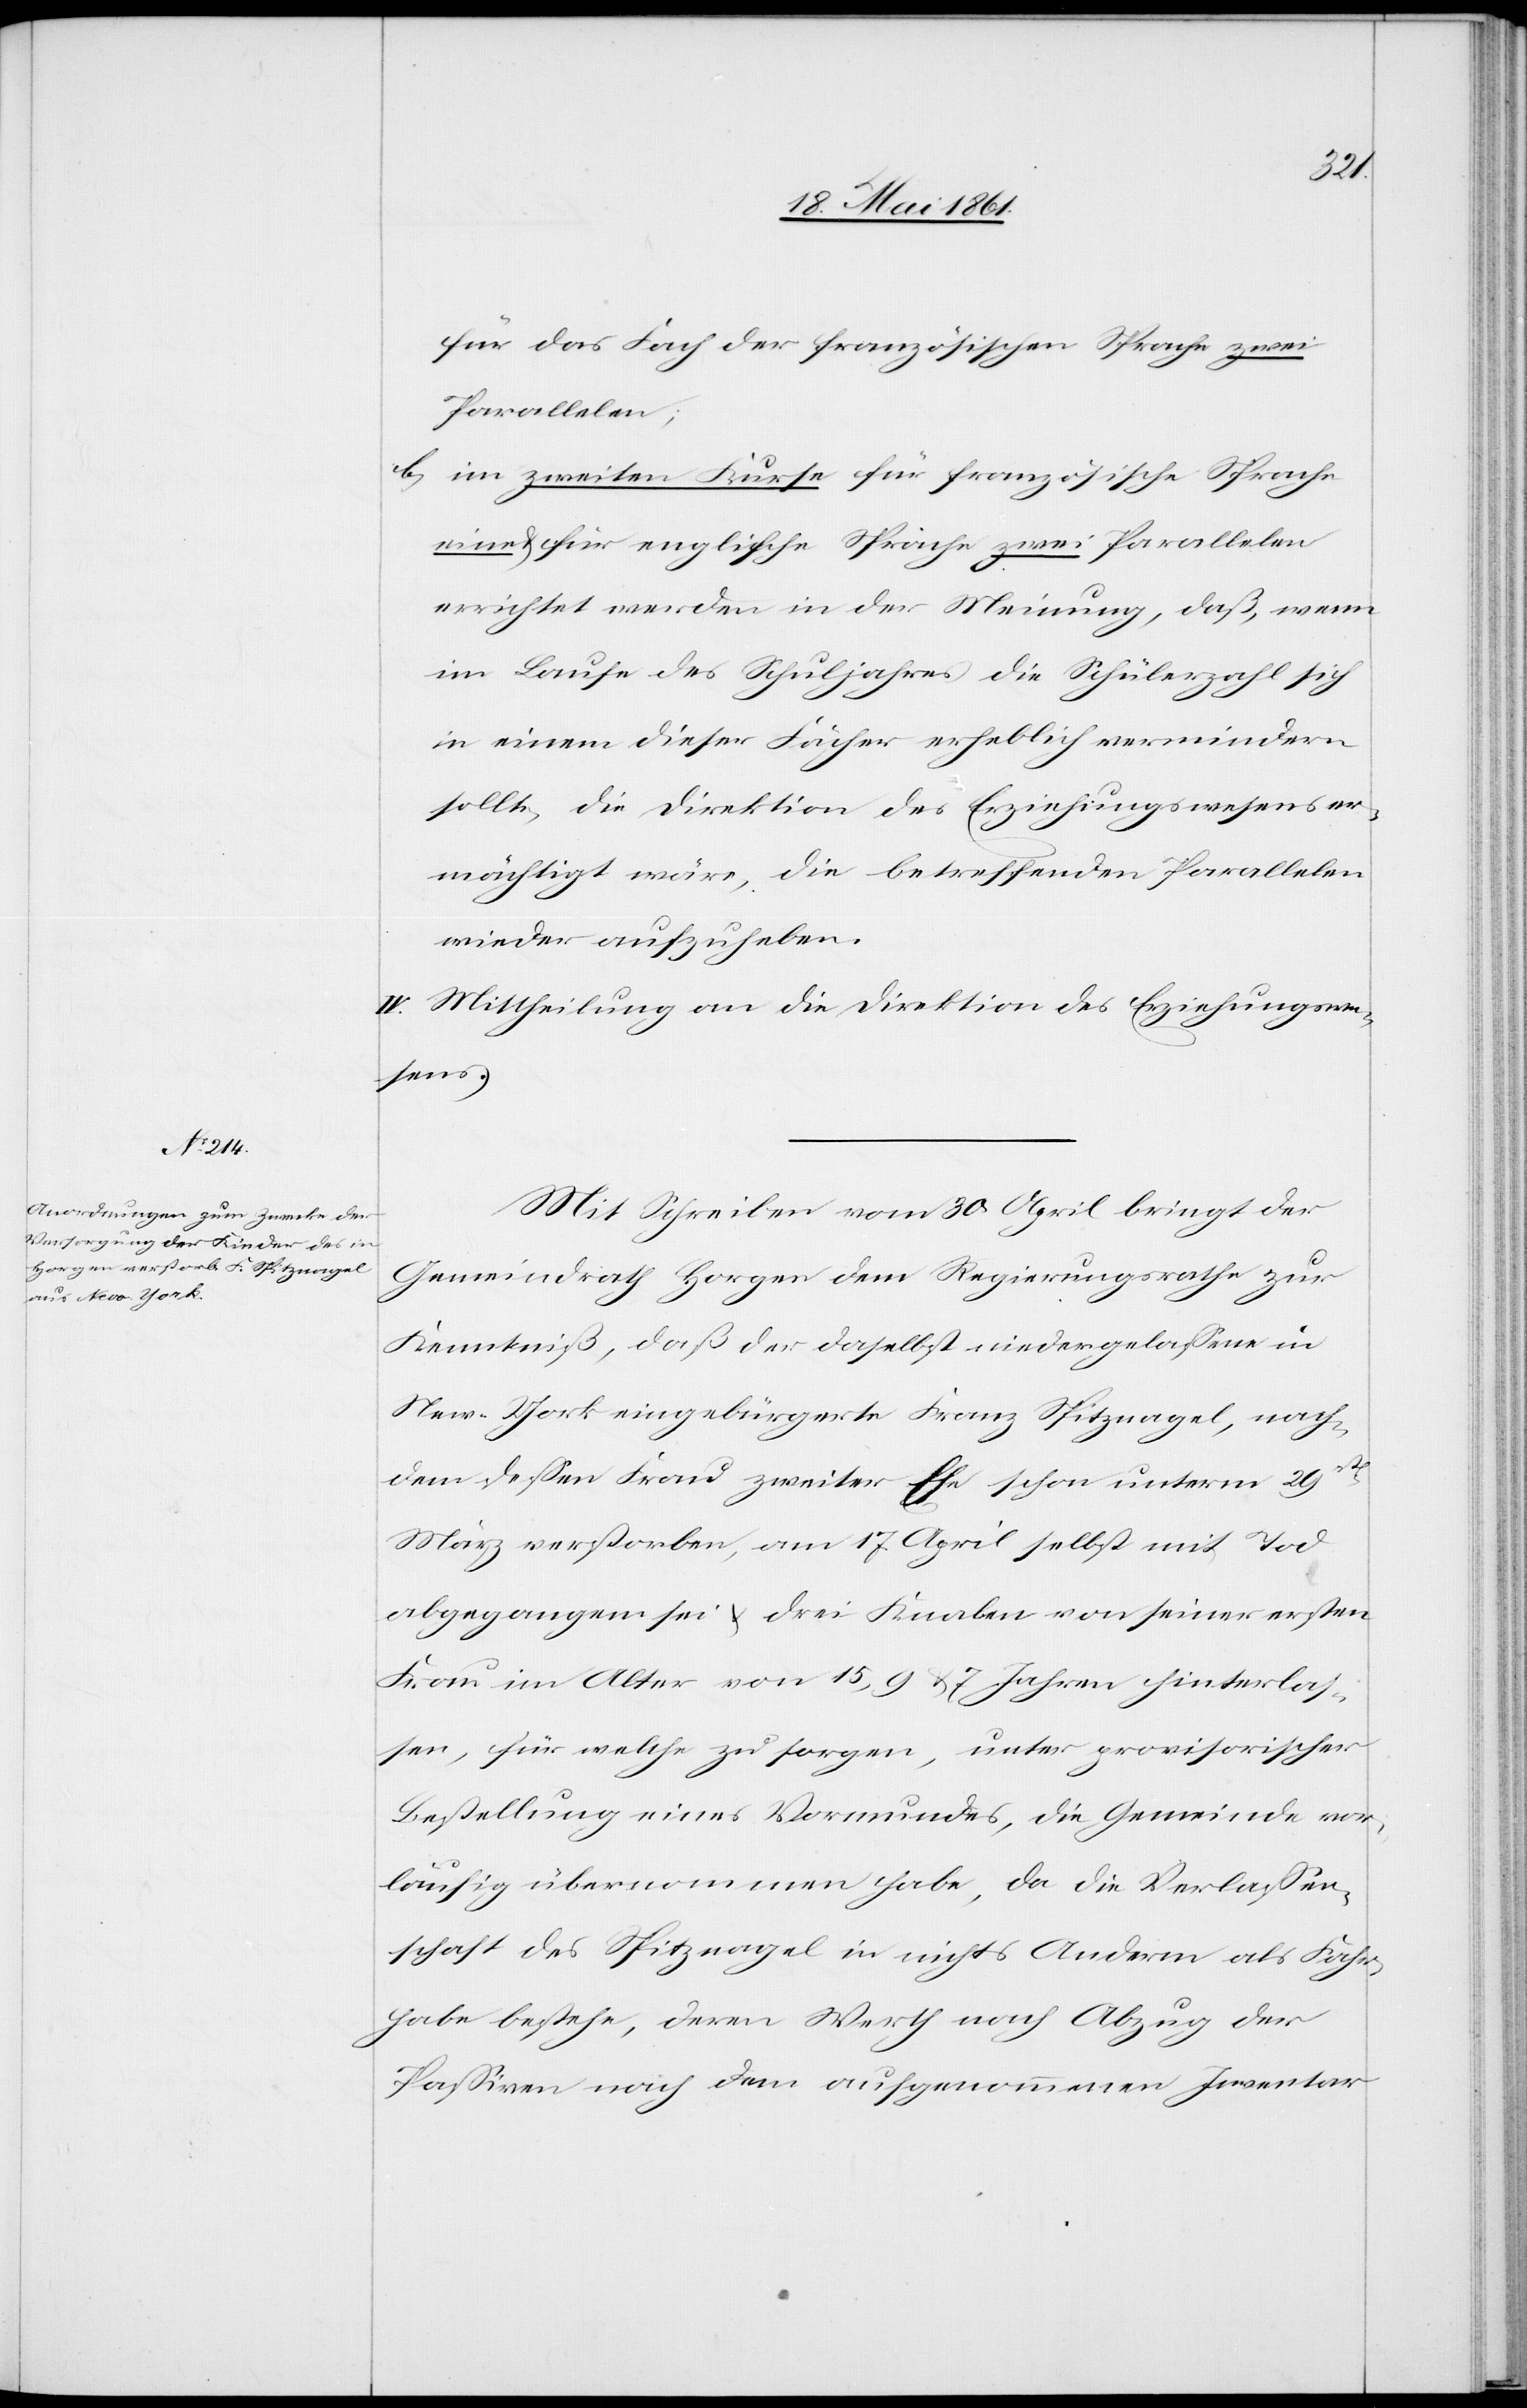
für das Fach der französischen Sprache zwei
Parallelen;
b. im zweiten Kurse für französische Sprache
eine u. für englische Sprache zwei Parallelen
errichtet werden in der Meinung, daß, wenn
im Laufe des Schuljahres die Schülerzahl sich
in einem dieser Fächer erheblich vermindern
sollte, die Direktion des Erziehungswesens er¬
mächtigt wäre, die betreffenden Parallelen
wieder aufzuheben.
IV. Mittheilung an die Direktion des Erziehungswe¬
sens.
Mit Schreiben vom 30. April bringt der
Gemeindrath Horgen dem Regierungsrathe zur
Kenntniß, daß der daselbst niedergelassene in
New-York eingebürgerte Franz Spitznagel, nach¬
dem dessen Frau zweiter Ehe schon unterm 29sten
März verstorben, am 17. April selbst mit Tod
abgegangen sei u. drei Knaben von seiner ersten
Frau im Alter von 15, 9 u. 7 Jahren hinterlas¬
sen, für welche zu sorgen, unter provisorischer
Bestellung eines Vormundes, die Gemeinde vor¬
läufig übernommen habe, da die Verlassen¬
schaft des Spitznagel in nichts Anderm als Fahr¬
habe bestehe, deren Werth nach Abzug der
Passiven nach dem aufgenommenen Inventar